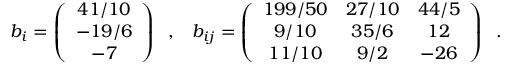
b _ { i } = \left( \begin{array} { c } { { 4 1 / 1 0 } } \\ { { - 1 9 / 6 } } \\ { { - 7 } } \end{array} \right) \; \; , \; \; \; b _ { i j } = \left( \begin{array} { c c c } { { 1 9 9 / 5 0 } } & { { 2 7 / 1 0 } } & { { 4 4 / 5 } } \\ { { 9 / 1 0 } } & { { 3 5 / 6 } } & { { 1 2 } } \\ { { 1 1 / 1 0 } } & { { 9 / 2 } } & { { - 2 6 } } \end{array} \right) \; \; .